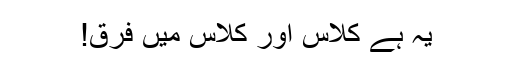
یہ ہے کلاس اور کلاس میں فرق!